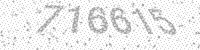
Solution: 716615